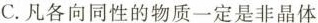
C.凡各向同性的物质一定是非晶体